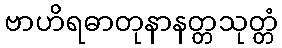
ဗာဟိရဓာတုနာနတ္တသုတ္တံ